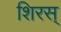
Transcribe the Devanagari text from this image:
शिरस्